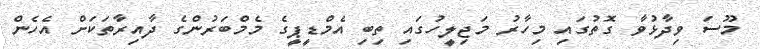
މޫސަ ވިދާޅުވާ ގޮތުގައި މިހާރު މަޖިލީހުގައި ތިބި އެމްޑީޕީގެ މެމްބަރުންގެ ދާއިރާތަކަށް އެހެން